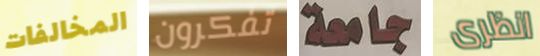
المخالفات تفكرون جامعة انظرى